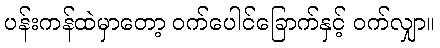
ပန်းကန်ထဲမှာတော့ ဝက်ပေါင်ခြောက်နှင့် ဝက်လျှာ။